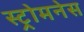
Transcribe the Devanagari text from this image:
स्ट्रोमनेस